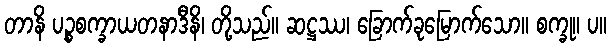
တာနိ ပဉ္စစက္ခာယတနာဒီနိ၊ တို့သည်။ ဆဋ္ဌဿ၊ ခြောက်ခုမြောက်သော။ စက္ခု။ ပ။